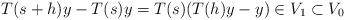
LaTeX: \begin{align*}T(s+h)y-T(s)y =T(s)(T(h)y-y) \in V_1 \subset V_0\end{align*}